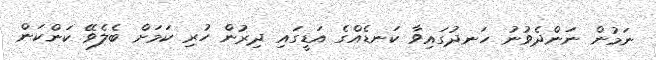
ނަމުން ނަންދެވުނު ހަނދުގައިވާ ކަނޑެއްގެ އަޑީގައި ދިރުން ހުރި ކަމަށް ބެލެވޭ ކަންކަން